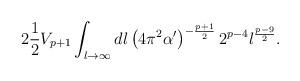
LaTeX: \begin{align*}2\frac{1}{2} V_{p+1}\int_{l\to \infty} dl\left( 4\pi^2\alpha^\prime\right)^{-\frac{p+1}{2}} 2^{p-4} l^{\frac{p-9}{2}} .\end{align*}